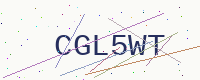
Text: CGL5WT